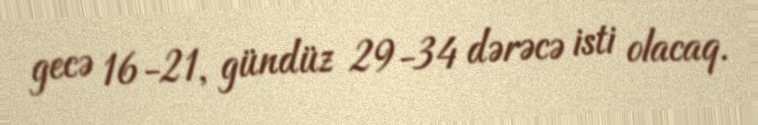
gecə 16-21, gündüz 29-34 dərəcə isti olacaq.